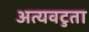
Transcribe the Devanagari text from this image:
अत्यवटुता